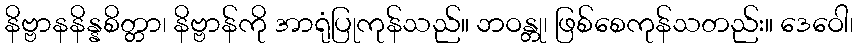
နိဗ္ဗာနနိန္နစိတ္တာ၊ နိဗ္ဗာန်ကို အာရုံပြုကုန်သည်။ ဘဝန္တု၊ ဖြစ်စေကုန်သတည်း။ ဒေဝေါ၊